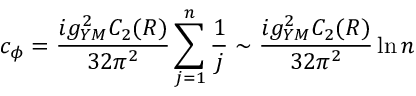
c _ { \phi } = { \frac { i g _ { Y M } ^ { 2 } C _ { 2 } ( R ) } { 3 2 \pi ^ { 2 } } } \sum _ { j = 1 } ^ { n } { \frac { 1 } { j } } \sim { \frac { i g _ { Y M } ^ { 2 } C _ { 2 } ( R ) } { 3 2 \pi ^ { 2 } } } \ln n